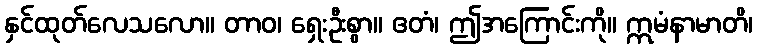
နှင်ထုတ်လေသလော။ တာဝ၊ ရှေးဦးစွာ။ ဧတံ၊ ဤအကြောင်းကို။ ဣမံနာမာတိ၊